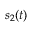
s _ { 2 } ( t )